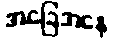
အခြေအနေ